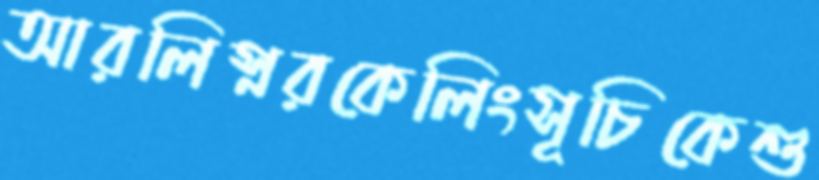
আরলিস্নরকেলিংসূচিকেশু